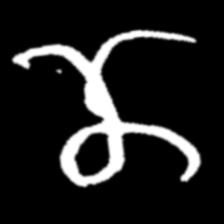
Pyu character \u2014 Myanmar letter: ဏ (romanized: nna)